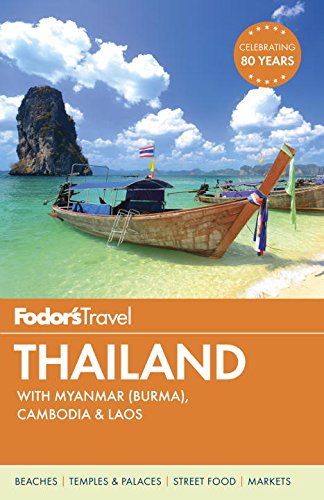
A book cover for Fodor's Thailand: with Myanmar (Burma), Cambodia & Laos (Full-color Travel Guide); Fodor's; Travel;